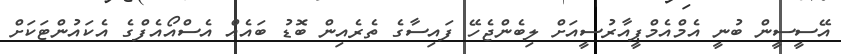
އޭސީސީން ބުނީ އެމްއެމްޕީއާރުސީއަށް ލިބެންޖެހޭ ފައިސާގެ ތެރެއިން ބޮޑު ބައެއް އެސްއޯއެފްގެ އެކައުންޓަކަށް